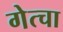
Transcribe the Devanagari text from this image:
गेत्चा